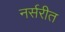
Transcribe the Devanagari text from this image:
नर्सरीत